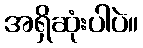
အရှိဆုံးပါပဲ။